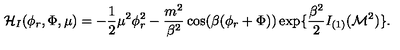
{ \cal H } _ { I } ( \phi _ { r } , \Phi , \mu ) = - { \frac { 1 } { 2 } } \mu ^ { 2 } \phi _ { r } ^ { 2 } - { \frac { m ^ { 2 } } { \beta ^ { 2 } } } \cos ( \beta ( \phi _ { r } + \Phi ) ) \exp \{ { \frac { \beta ^ { 2 } } { 2 } } I _ { ( 1 ) } ( { \cal M } ^ { 2 } ) \} .